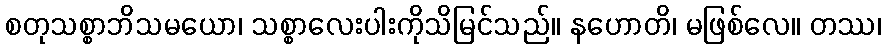
စတုသစ္စာဘိသမယော၊ သစ္စာလေးပါးကိုသိမြင်သည်။ နဟောတိ၊ မဖြစ်လေ။ တဿ၊